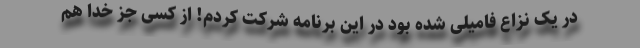
در یک نزاع فامیلی شده بود در این برنامه شرکت کردم! از کسی جز خدا هم